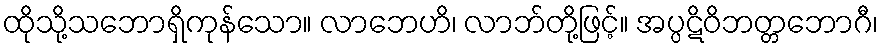
ထိုသို့သဘောရှိကုန်သော။ လာဘေဟိ၊ လာဘ်တို့ဖြင့်။ အပ္ပဋိဝိဘတ္တဘောဂီ၊